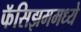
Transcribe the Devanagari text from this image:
फॅसिझममध्ये